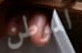
الموطن